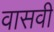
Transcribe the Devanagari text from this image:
वासवी